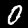
Digit: 0